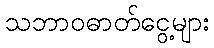
သဘာဝဓာတ်ငွေ့များ